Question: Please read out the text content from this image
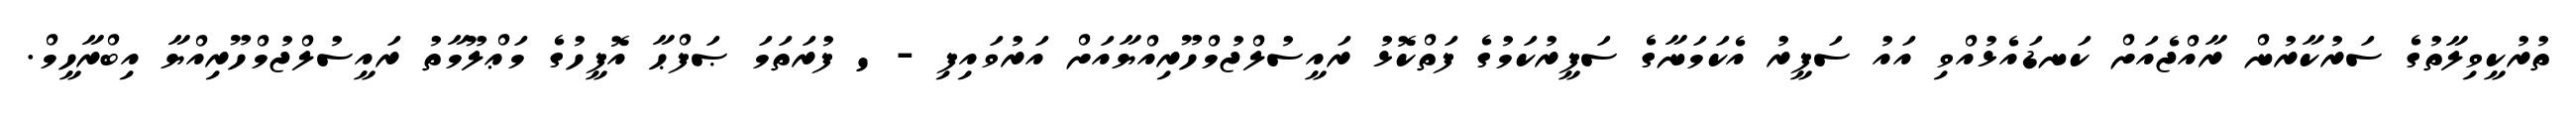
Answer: ތުރުކީވިލާތުގެ ސަރުކާރުން ރާއްޖެއަށް ކަނޑައެޅުއްވި އައު ސަފީރު އެކަމަނާގެ ސަފީރުކަމުގެ ފަތްކޮޅު ރައީސުލްޖުމްހޫރިއްޔާއަށް އަރުވައިފި - ' ފުރަތަމަ ޞަފްޙާ އޮފީހުގެ މަޢްލޫމާތު ރައީސުލްޖުމްހޫރިއްޔާ އިބްރާހީމް.